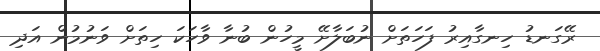
ރޭގަނޑު ހިނގާއިރު ފަހަތަށް ނުބަލާށޭ މީހުން ބުނާ ވާހަކަ ހިތަށް ވަނުމުން އަދި